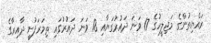
ރައްޔިތުންގެ މަޖިލީހުގެ 17 ވަނަ ދައުރުގަޔާއި 18 ވަނަ ދައުރުގައި ތިމަރަފުށީ ދާއިރާގެ